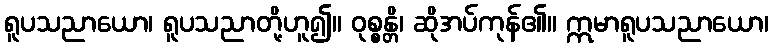
ရူပသညာယော၊ ရူပသညာတို့ဟူ၍။ ဝုစ္စန္တိ၊ ဆိုအပ်ကုန်၏။ ဣမာရူပသညာယော၊